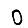
Digit: 0